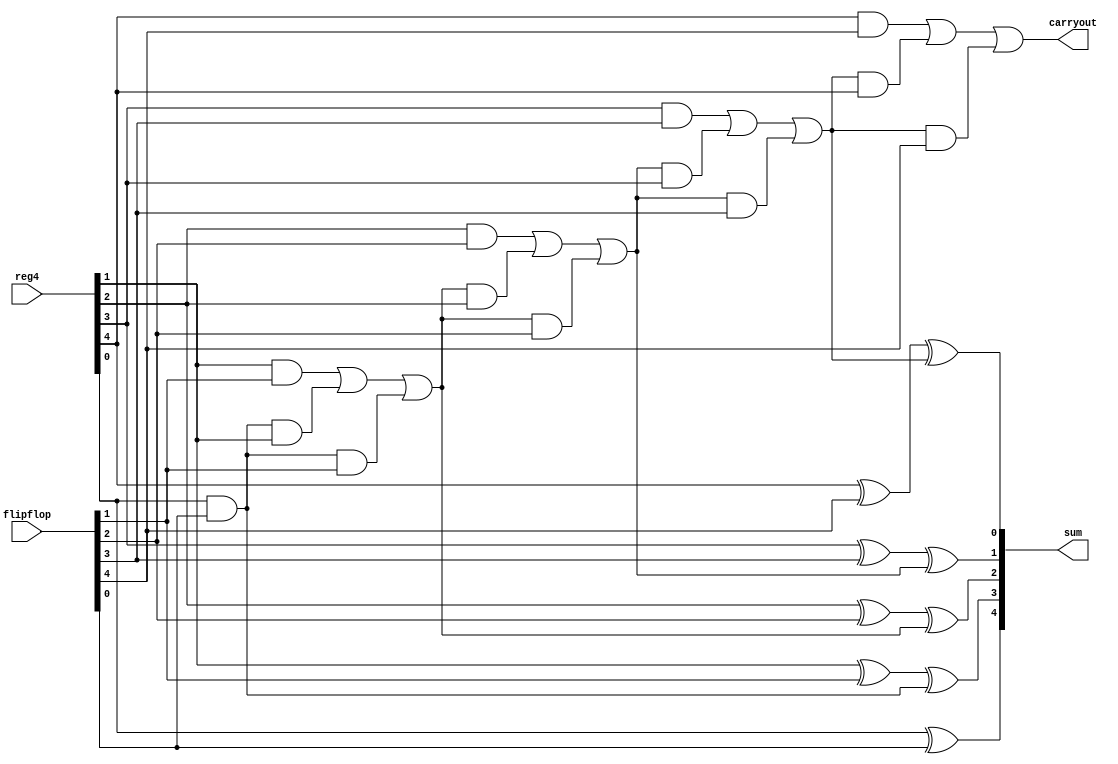
module adder(reg4,flipflop,sum,carryout);
	parameter n=5;
	input [n-1:0]reg4;
	input [n-1:0]flipflop;
	output reg [0:n-1]sum;
	output reg carryout;
	reg [n:0]C;
	integer k;
	
	always @(reg4 or flipflop)
	begin
		C[0]=0;
		for (k=0;k<=n-1;k=k+1)
		begin
			sum[k]=reg4[k]^flipflop[k]^C[k];
			C[k+1]=(reg4[k]&flipflop[k])|(C[k]&reg4[k])|(C[k]&flipflop[k]);
		end
		carryout=C[n];
	end

endmodule